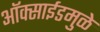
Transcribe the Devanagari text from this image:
ऑक्साईडमुळे